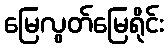
မြေလွတ်မြေရိုင်း